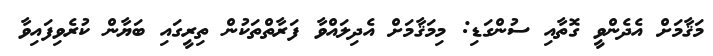
މަޤާމަށް އެދެންވީ ގޮތާއި ސުންގަޑި: މިމަޤާމަށް އެދިލައްވާ ފަރާތްތަކުން ތިރީގައި ބަޔާން ކުރެވިފައިވާ